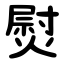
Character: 熨